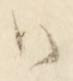
御